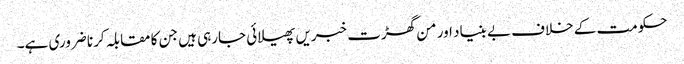
حکومت کے خلاف بے بنیاد اور من گھڑت خبریں پھیلائی جارہی ہیں جن کا مقابلہ کرنا ضروری ہے۔